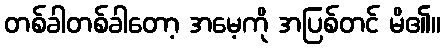
တစ်ခါတစ်ခါတော့ အမေ့ကို အပြစ်တင် မိ၏။